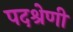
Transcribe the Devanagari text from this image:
पदश्रेणी